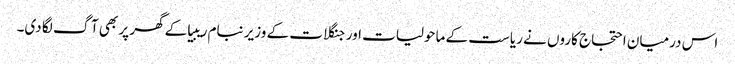
اس درمیان احتجاج کاروں نے ریاست کے ماحولیات اور جنگلات کے وزیر نبام ریبیا کے گھر پر بھی آگ لگا دی۔